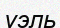
уэль